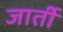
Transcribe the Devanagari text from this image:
जार्ती